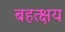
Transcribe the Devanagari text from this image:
बहत्क्षय